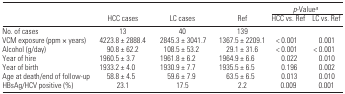
<table><thead><tr><td></td><td></td><td></td><td></td><td colspan="2"><b><i>p</i>-Value<i><sup>a</sup></i></b></td></tr><tr><td></td><td><b>HCC cases</b></td><td><b>LC cases</b></td><td><b>Ref</b></td><td><b>HCC vs. Ref</b></td><td><b>LC vs. Ref</b></td></tr></thead><tbody><tr><td>No. of cases</td><td>13</td><td>40</td><td>139</td><td></td><td></td></tr><tr><td>VCM exposure (ppm × years)</td><td>4223.8 ± 2888.4</td><td>2845.3 ± 3041.7</td><td>1367.5 ± 2209.1</td><td>&lt; 0.001</td><td>0.001</td></tr><tr><td>Alcohol (g/day)</td><td>90.8 ± 62.2</td><td>108.5 ± 53.2</td><td>29.1 ± 31.6</td><td>&lt; 0.001</td><td>&lt; 0.001</td></tr><tr><td>Year of hire</td><td>1960.5 ± 3.7</td><td>1961.8 ± 6.2</td><td>1964.9 ± 6.6</td><td>0.022</td><td>0.010</td></tr><tr><td>Year of birth</td><td>1933.2 ± 4.0</td><td>1930.9 ± 7.7</td><td>1935.5 ± 6.5</td><td>0.196</td><td>0.002</td></tr><tr><td>Age at death/end of follow-up</td><td>58.8 ± 4.5</td><td>59.6 ± 7.9</td><td>63.5 ± 6.5</td><td>0.013</td><td>0.010</td></tr><tr><td>HBsAg/HCV positive (%)</td><td>23.1</td><td>17.5</td><td>2.2</td><td>0.009</td><td>0.001</td></tr></tbody></table>